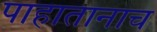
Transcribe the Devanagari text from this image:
पाहातानाच